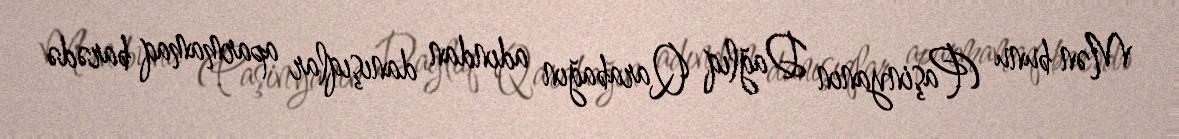
Mən bunu (Paşinyanın Dağlıq Qarabağın adından danışıqlar aparmamaq barədə